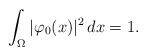
LaTeX: \begin{align*} \int_\Omega |\varphi_0(x)|^2\,dx=1.\end{align*}